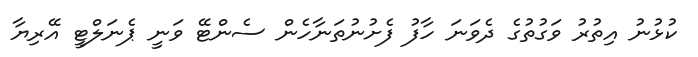
ކުޅުނު އިތުރު ވަގުތުގެ ދެވަނަ ހާފު ފެށުނުތަނާހެން ސެންޓޭ ވަނީ ޕެނަލްޓީ އޭރިޔާ